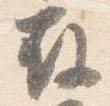
存